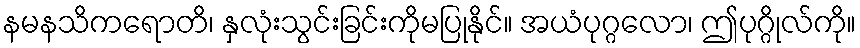
နမနသိကရောတိ၊ နှလုံးသွင်းခြင်းကိုမပြုနိုင်။ အယံပုဂ္ဂလော၊ ဤပုဂ္ဂိုလ်ကို။